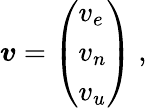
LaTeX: {\boldsymbol{v}}={\left(\begin{array}{l}{v_{e}}\\ {v_{n}}\\ {v_{u}}\end{array}\right)}\ ,